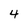
Character: 4